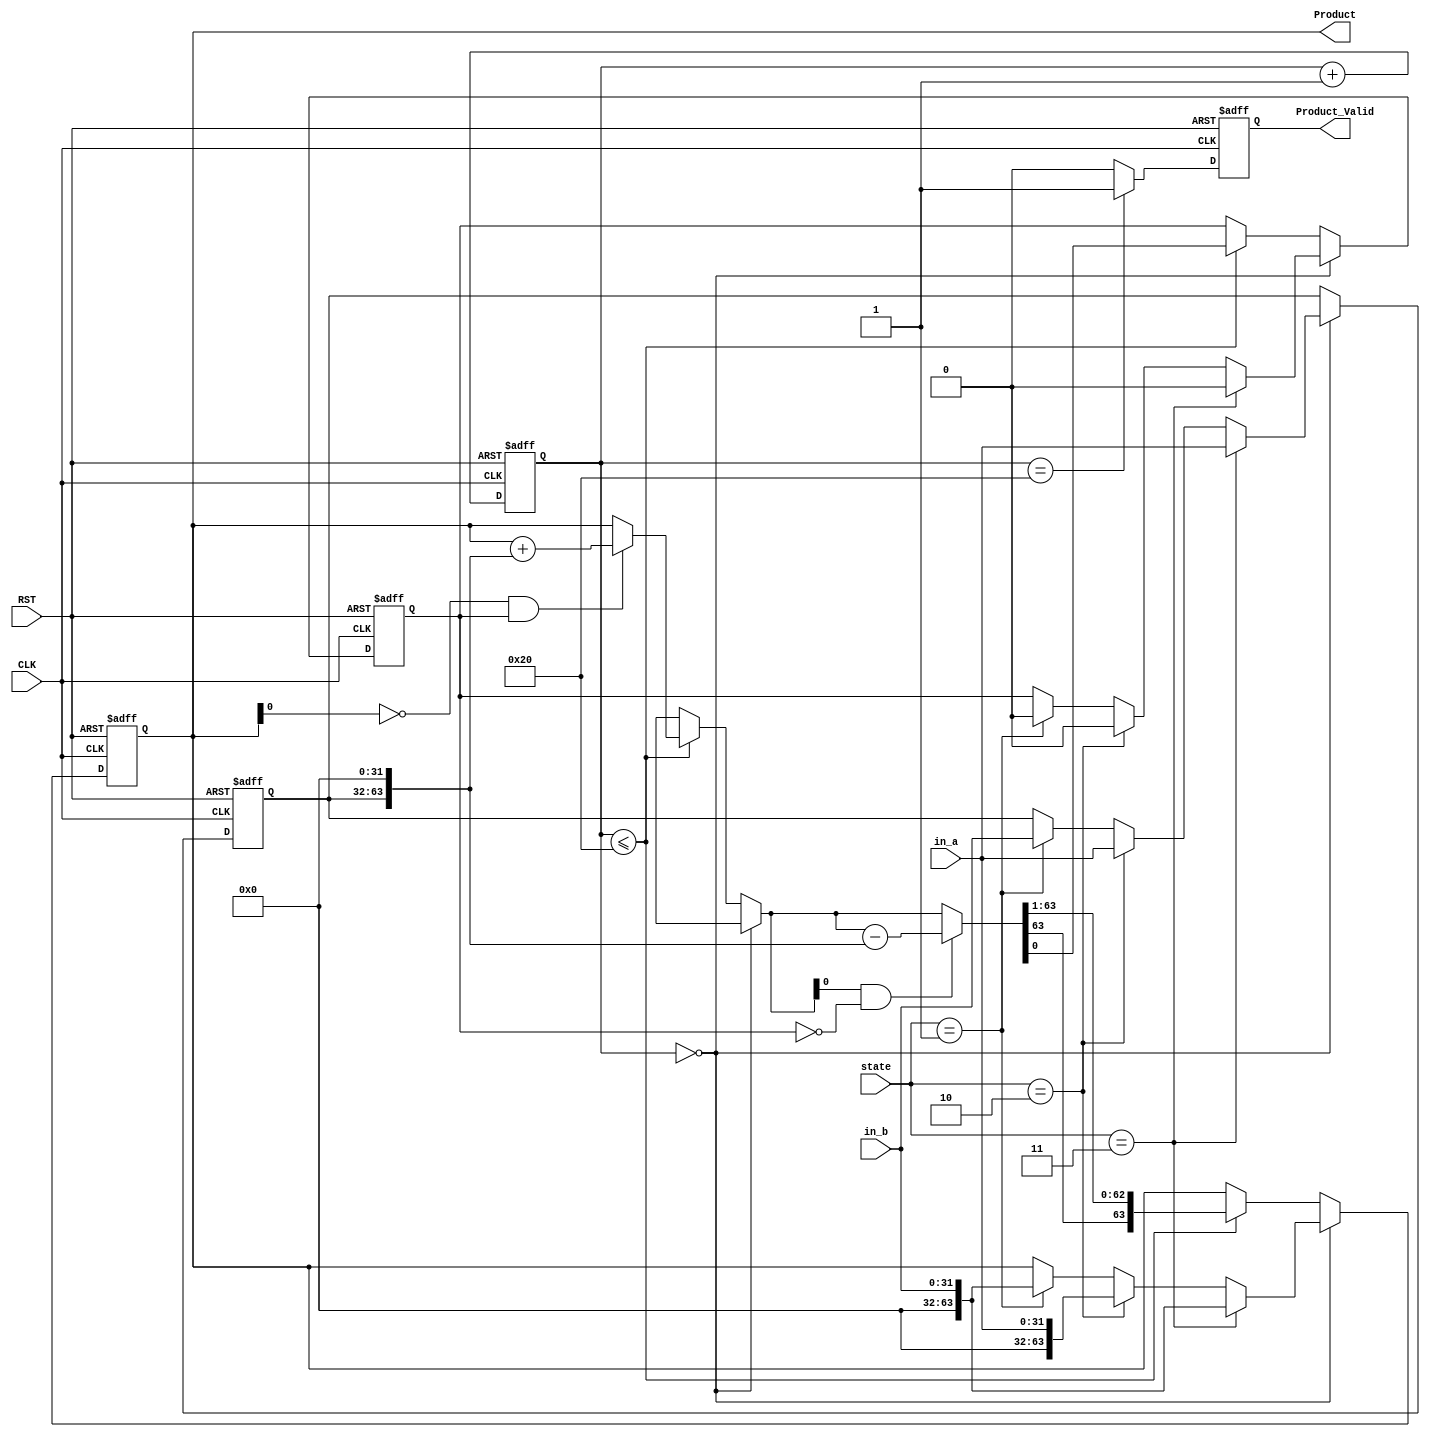
`timescale 1ns/1ps
module lab(CLK, RST, in_a, in_b, Product, Product_Valid,state);
input CLK, RST;
input signed[31:0]	in_a;	// Multiplicand
input signed[31:0]	in_b;// Multiplier
output reg signed [63:0] Product;
output reg Product_Valid;
input[1:0] state;


reg [31:0] Mplicand;
//reg [31:0] Mplier;
reg [6:0]	Counter ;
reg	sign;
reg Mythicalbit;

//Counter
always @(posedge CLK or posedge RST)
begin
	if(RST)
		Counter <=6'b0;
	else
		Counter <= Counter +6'b1;
end


//Multiplier
always @(posedge CLK or posedge RST)
begin
	//
	if(RST) begin
		Product  <= 64'b0;
		Mplicand <= 32'b0;
		Mythicalbit <= 1'b0;
		//Mplier   <= 32'b0;	
	end 
	
	//
	else if(Counter == 6'd0) begin
		if(state==2'b11) begin
			Mplicand <= in_a;
			Product <={32'b0,in_b};
			Mythicalbit <= 1'b0; 	// add 0 to the last bit of multiplier
		end
		else if(state==2'b10) begin
			Mplicand <= in_a;
			Product <={32'b0,in_a};
			Mythicalbit <= 1'b0; 	// add 0 to the last bit of multiplier
		end
		else if(state==2'b01) begin
			Mplicand <= in_b;
			Product <={32'b0,in_b};
			Mythicalbit <= 1'b0; 	// add 0 to the last bit of multiplier
		end
	end 
	
	//
	/* write down your design below */
	else if(Counter <=7'd32) 	// 32 bit multiplier will do 32 cycle generate 32 partial product
	begin
		// bi=0, bi-1=1 -> +A
		if(Product[0]==1'b0 && Mythicalbit ==1'b1) //Product 0  Mythicalbit 1
		begin//:  Product,  Product
			Product = Product + {Mplicand,32'b0};
		end
		// bi=1, bi-1=0 -> -A
		if(Product[0]==1'b1 && Mythicalbit==1'b0)//Product 1  Mythicalbit 0
		begin//:  Product,  Product
			Product = Product - {Mplicand,32'b0};
		end
		
		Mythicalbit = Product[0];
		
		Product = Product >>> 1;
		
	end 
	/* write down your design upon */
end

//
always @(posedge CLK or posedge RST)
begin
	if(RST)
		Product_Valid <=1'b0;
	else if(Counter==6'd32)
		Product_Valid <=1'b1;
	else
		Product_Valid <=1'b0;
end

endmodule